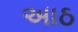
અાઠ